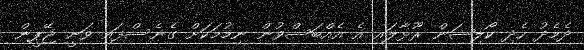
ދެމެދު ހެދި ކޯލިޝަން ރޫޅާލައި އެ އެއްބަސްވުން ނިމުމަކަށް ގެނެސްފައި ވަނީ ޖޭޕީން